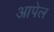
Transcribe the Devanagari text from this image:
आपेल